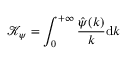
\mathcal { K } _ { \psi } = \int _ { 0 } ^ { + \infty } \frac { \hat { \psi } ( k ) } { k } \mathrm { d } k